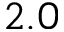
2 . 0